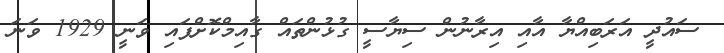
ސައުދީ އަރަބިއްޔާ އާއި އިރާނުން ސިޔާސީ ގުޅުންތައް ގާއިމްކޮށްފައި ވަނީ 1929 ވަނަ